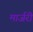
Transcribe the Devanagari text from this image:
मार्जरी